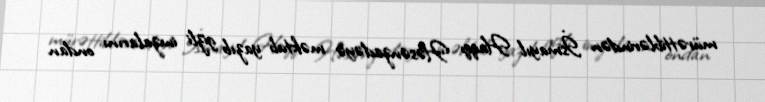
mürəttiblərindən İsmayıl Haqqı Həsənzadəyə məktub yazıb gizli imzalarını ondan